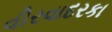
વીરવાદરકા